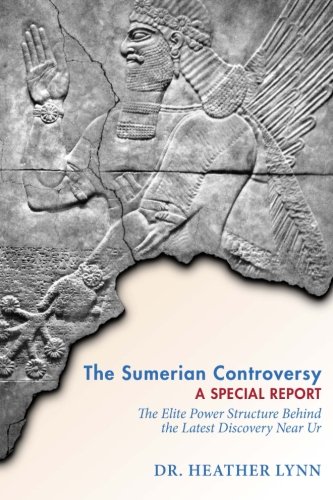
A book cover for The Sumerian Controversy: A Special Report: The Elite Power Structure behind the Latest Discovery near Ur (Mysteries in Mesopotamia) (Volume 1); Dr. Heather Lynn; History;